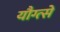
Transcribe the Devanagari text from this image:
यौग्त्से